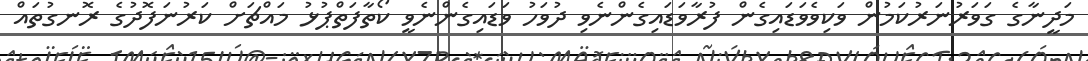
މަދީނާގެ ގަވަރުނަރުކަމުން ވަކިވެވަޑައިގެން ފުރާވަޑައިގެންނެވި ދުވަހު ވަޑައިގެންނެވީ ކޯތާފަތްޕުޅު މައްޗަށް ކަރުނަފޮދުގެ ރޮނގުތައް